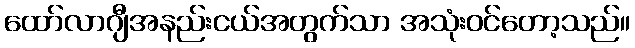
ထော်လာဂျီအနည်းငယ်အတွက်သာ အသုံးဝင်တော့သည်။